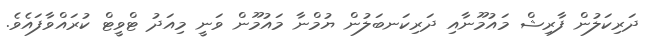
ދަރިކަލުން ފާރިޝް މައުމޫނާއި ދަރިކަނބަލުން ޔުމްނާ މައުމޫން ވަނީ މިއަދު ޓްވީޓް ކުރައްވާފައެވެ.